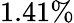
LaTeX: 1.41\%